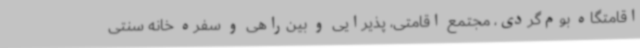
اقامتگاه بوم‌گردی، مجتمع اقامتی، پذیرایی و بین‌راهی و سفره خانه سنتی